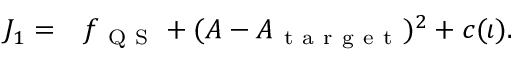
\begin{array} { r l } { J _ { 1 } = } & { { } f _ { \mathrm { ~ Q ~ S ~ } } + ( A - A _ { \mathrm { ~ t ~ a ~ r ~ g ~ e ~ t ~ } } ) ^ { 2 } + c ( \iota ) . } \end{array}